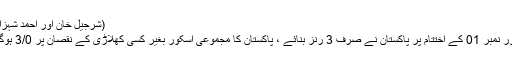
(شرجیل خان اور احمد شہزاد)
اوور نمبر 01 کے اختتام پر پاکستان نے صرف 3 رنز بنائے ، پاکستان کا مجموعی اسکور بغیر کسی کھلاڑی کے نقصان پر 3/0 ہوگیا۔